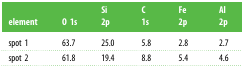
<table><thead><tr><td><b>element</b></td><td><b>O 1s</b></td><td><b>Si 2p</b></td><td><b>C 1s</b></td><td><b>Fe 2p</b></td><td><b>Al 2p</b></td></tr></thead><tbody><tr><td>spot 1</td><td>63.7</td><td>25.0</td><td>5.8</td><td>2.8</td><td>2.7</td></tr><tr><td>spot 2</td><td>61.8</td><td>19.4</td><td>8.8</td><td>5.4</td><td>4.6</td></tr></tbody></table>